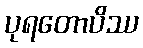
ပုရတောပိဿ